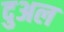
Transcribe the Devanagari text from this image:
दुअल